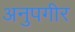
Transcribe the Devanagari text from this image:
अनुपगीर